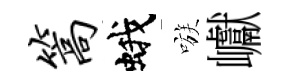
篙蛾嗾巘